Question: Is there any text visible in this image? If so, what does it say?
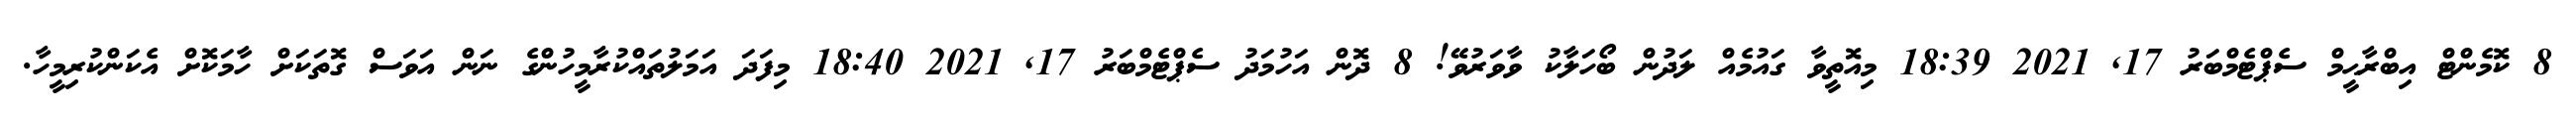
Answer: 8 ކޮމެންޓް އިބްރާޙީމް ސެޕްޓެމްބަރު 17, 2021 18:39 މިއޮތީވާ ގައުމެއް ލަދުން ބޯހަލާކު ވާވަރުވޭ! 8 ދޮން އަހުމަދު ސެޕްޓެމްބަރު 17, 2021 18:40 މިފަދަ އަމަލުތައްކުރާމީހުންގެ ނަން އަވަސް ގޮތަކަށް ހާމަކޮށް އެކަންކުރިމީހާ.